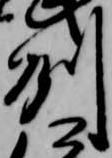
州